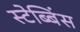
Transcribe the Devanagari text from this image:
स्टेब्बिंस